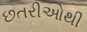
છતરીઓથી